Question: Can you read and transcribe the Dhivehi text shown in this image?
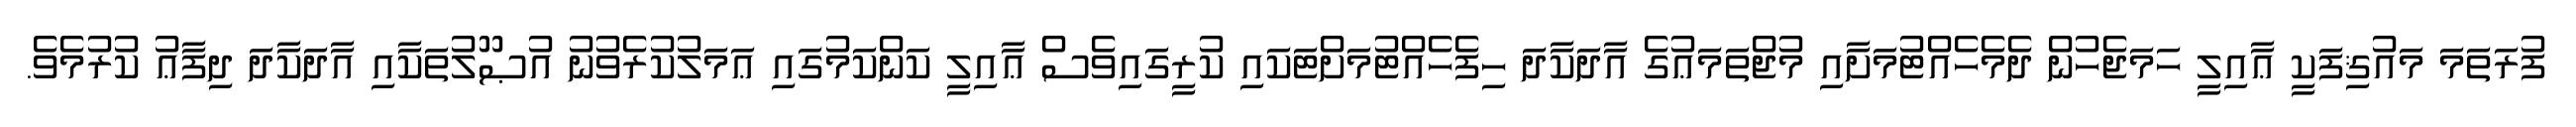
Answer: ފުރަތަމަ މައުޤިފަކީ ޢާއިލީ ހަމަޖެހުން ދެމެހެއްޓުމަށާއި މުޖްތަމަޢުގެ އާދަކާދަ ހިފެހެއްޓުމަށްޓަކައި ކުރީގައިވެސް ޢާއިލީ ކަންކަމުގައި ޢަމަލުކުރެވުނު އުޞޫލުތަކާއި އާދަކާދަ ދިފާޢު ކުރުމެވެ.